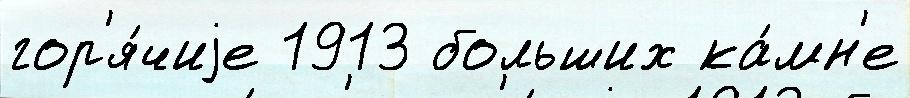
гор'я́чиjе 1913 больших ка́мн'е